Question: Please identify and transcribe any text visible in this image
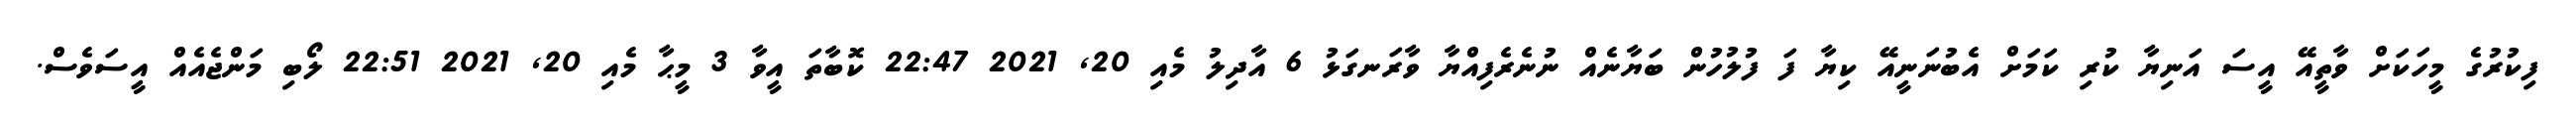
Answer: ފިކުރުގެ މީހަކަށް ވާތީއޭ އީސަ އަނިޔާ ކުރި ކަމަށް އެބުނަނީއޭ ކިޔާ ފަ ފުލުހުން ބަޔާނެއް ނުނެރެފިއްޔާ ވާރަނގަޅު 6 އާދިލު މެއި 20, 2021 22:47 ކޮބާތަ އީވާ 3 މީޙާ މެއި 20, 2021 22:51 ލޯބި މަންޖެއެއް އީސަވެސް.